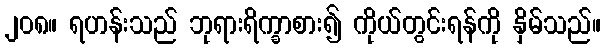
၂၀၈။ ရဟန်းသည် ဘုရားရိက္ခာစား၍ ကိုယ်တွင်းရန်ကို နှိမ်သည်။